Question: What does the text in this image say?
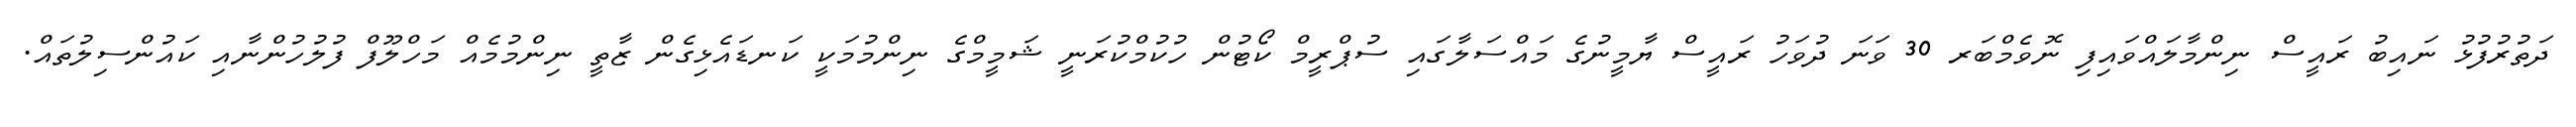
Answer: ދަތުރުފުޅު ނައިބު ރައީސް ނިންމާލައްވައިފި ނޮވެމްބަރ 30 ވަނަ ދުވަހު ރައީސް ޔާމީނުގެ މައްސަލާގައި ސުޕްރީމް ކޯޓުން ހުކުމްކުރަނީ ޝަމީމްގެ ނިންމުމަކީ ކަނޑައެޅިގެން ޒާތީ ނިންމުމެއް މަހްލޫފް ފުލުހުންނާއި ކައުންސިލުތައް.